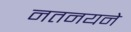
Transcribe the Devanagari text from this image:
नतनयने